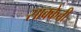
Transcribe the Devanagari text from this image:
साक्केत्ती